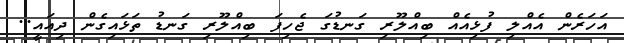
އަހަރެން އެއްލި ފުޅިއެއް ބިއްލޫރި ގަނޑުގަ ޖެހިފަ ބިއްލޫރި ގަނޑު ތަޅައިގެން ދިއައީ..